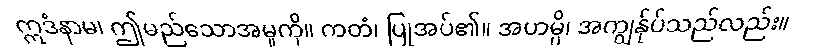
ဣဒံနာမ၊ ဤမည်သောအမှုကို။ ကတံ၊ ပြုအပ်၏။ အဟမ္ပိ၊ အကျွန်ုပ်သည်လည်း။